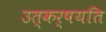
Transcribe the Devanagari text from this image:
उत्कर्षयति